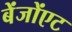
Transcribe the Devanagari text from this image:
बेंजोंएट